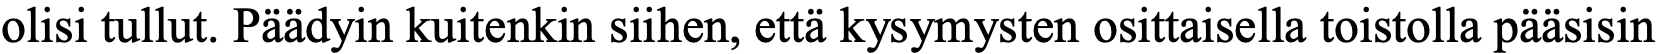
olisi tullut. Päädyin kuitenkin siihen, että kysymysten osittaisella toistolla pääsisin